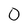
Character: o